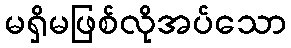
မရှိမဖြစ်လိုအပ်သော